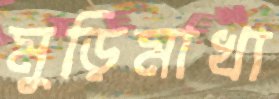
মুড়িমাখা